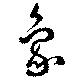
象